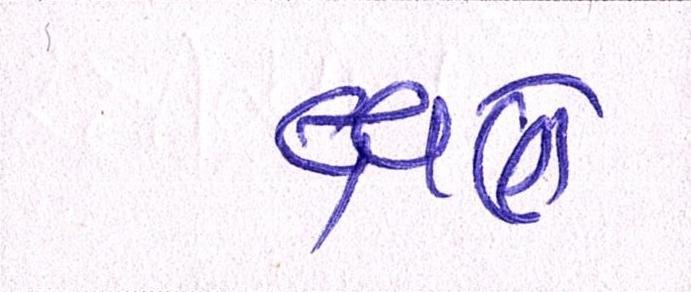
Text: ક્ષણે